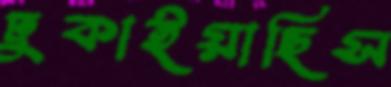
ঢুকাইয়াছিস